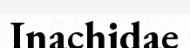
Inachidae